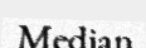
Median